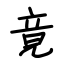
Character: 竟